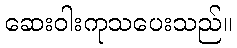
ဆေးဝါးကုသပေးသည်။